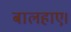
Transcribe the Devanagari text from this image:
बालहाए।